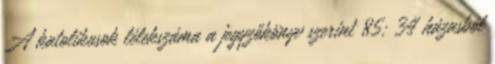
A katolikusok lélekszáma a jegyzőkönyv szerint 85: 34 házasból